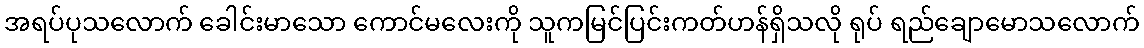
အရပ်ပုသလောက် ခေါင်းမာသော ကောင်မလေးကို သူကမြင်ပြင်းကတ်ဟန်ရှိသလို ရုပ် ရည်ချောမောသလောက်